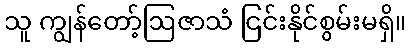
သူ ကျွန်တော့်ဩဇာသံ ငြင်းနိုင်စွမ်းမရှိ။